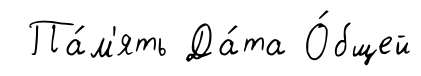
Па́м'ять Да́та О́бщей